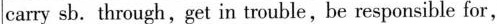
carry sb.through,get in trouble,be responsible for,